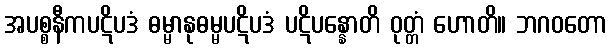
အပစ္စနီကပဋိပဒံ ဓမ္မာနုဓမ္မပဋိပဒံ ပဋိပန္နောတိ ဝုတ္တံ ဟောတိ။ ဘဂဝတော